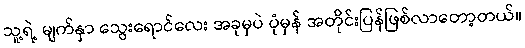
သူ့ရဲ့ မျက်နှာ သွေးရောင်လေး အခုမှပဲ ပုံမှန် အတိုင်းပြန်ဖြစ်လာတော့တယ်။